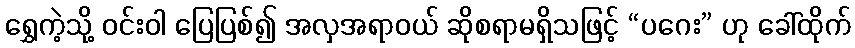
ရွှေကဲ့သို့ ဝင်းဝါ ပြေပြစ်၍ အလှအရာဝယ် ဆိုစရာမရှိသဖြင့် “ပဂေး” ဟု ခေါ်ထိုက်